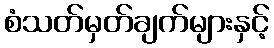
စံသတ်မှတ်ချက်များနှင့်